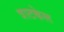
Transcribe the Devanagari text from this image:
त्राटकेल